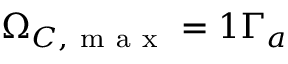
\Omega _ { C , \mathrm { ~ m ~ a ~ x ~ } } = 1 \Gamma _ { a }